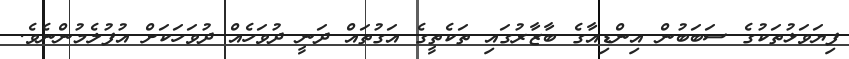
ފިޔަވަޅުތަކުގެ ސަބަބުން އިންޑިއާގެ ބާޒާރުގައި ތަކެތީގެ އަގުތައް ދަނީ ދުވަހެއް ދުވަހަކަށް އުފުލެމުންނެވެ.